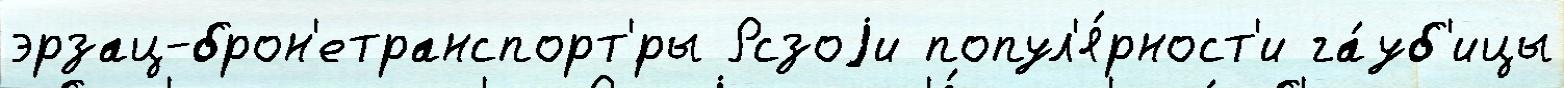
эрзац-брон'етранспорт'́ры Рсзоjи попул'я́рност'и га́уб'ицы